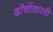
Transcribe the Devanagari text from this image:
ढाँचोंवाली